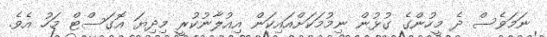
ނަމަވެސް ދެ މީހުންގެ ގުޅުން ނިމުމަކަށްއައިކަން އިއުލާނުކުރީ މިދިޔަ އޮގަސްޓް މަހު އެވެ.